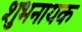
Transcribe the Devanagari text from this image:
शुभनायक